65_HS1-834228961_62-HQ-83894_Section_7
Agency: FBI
Page 154
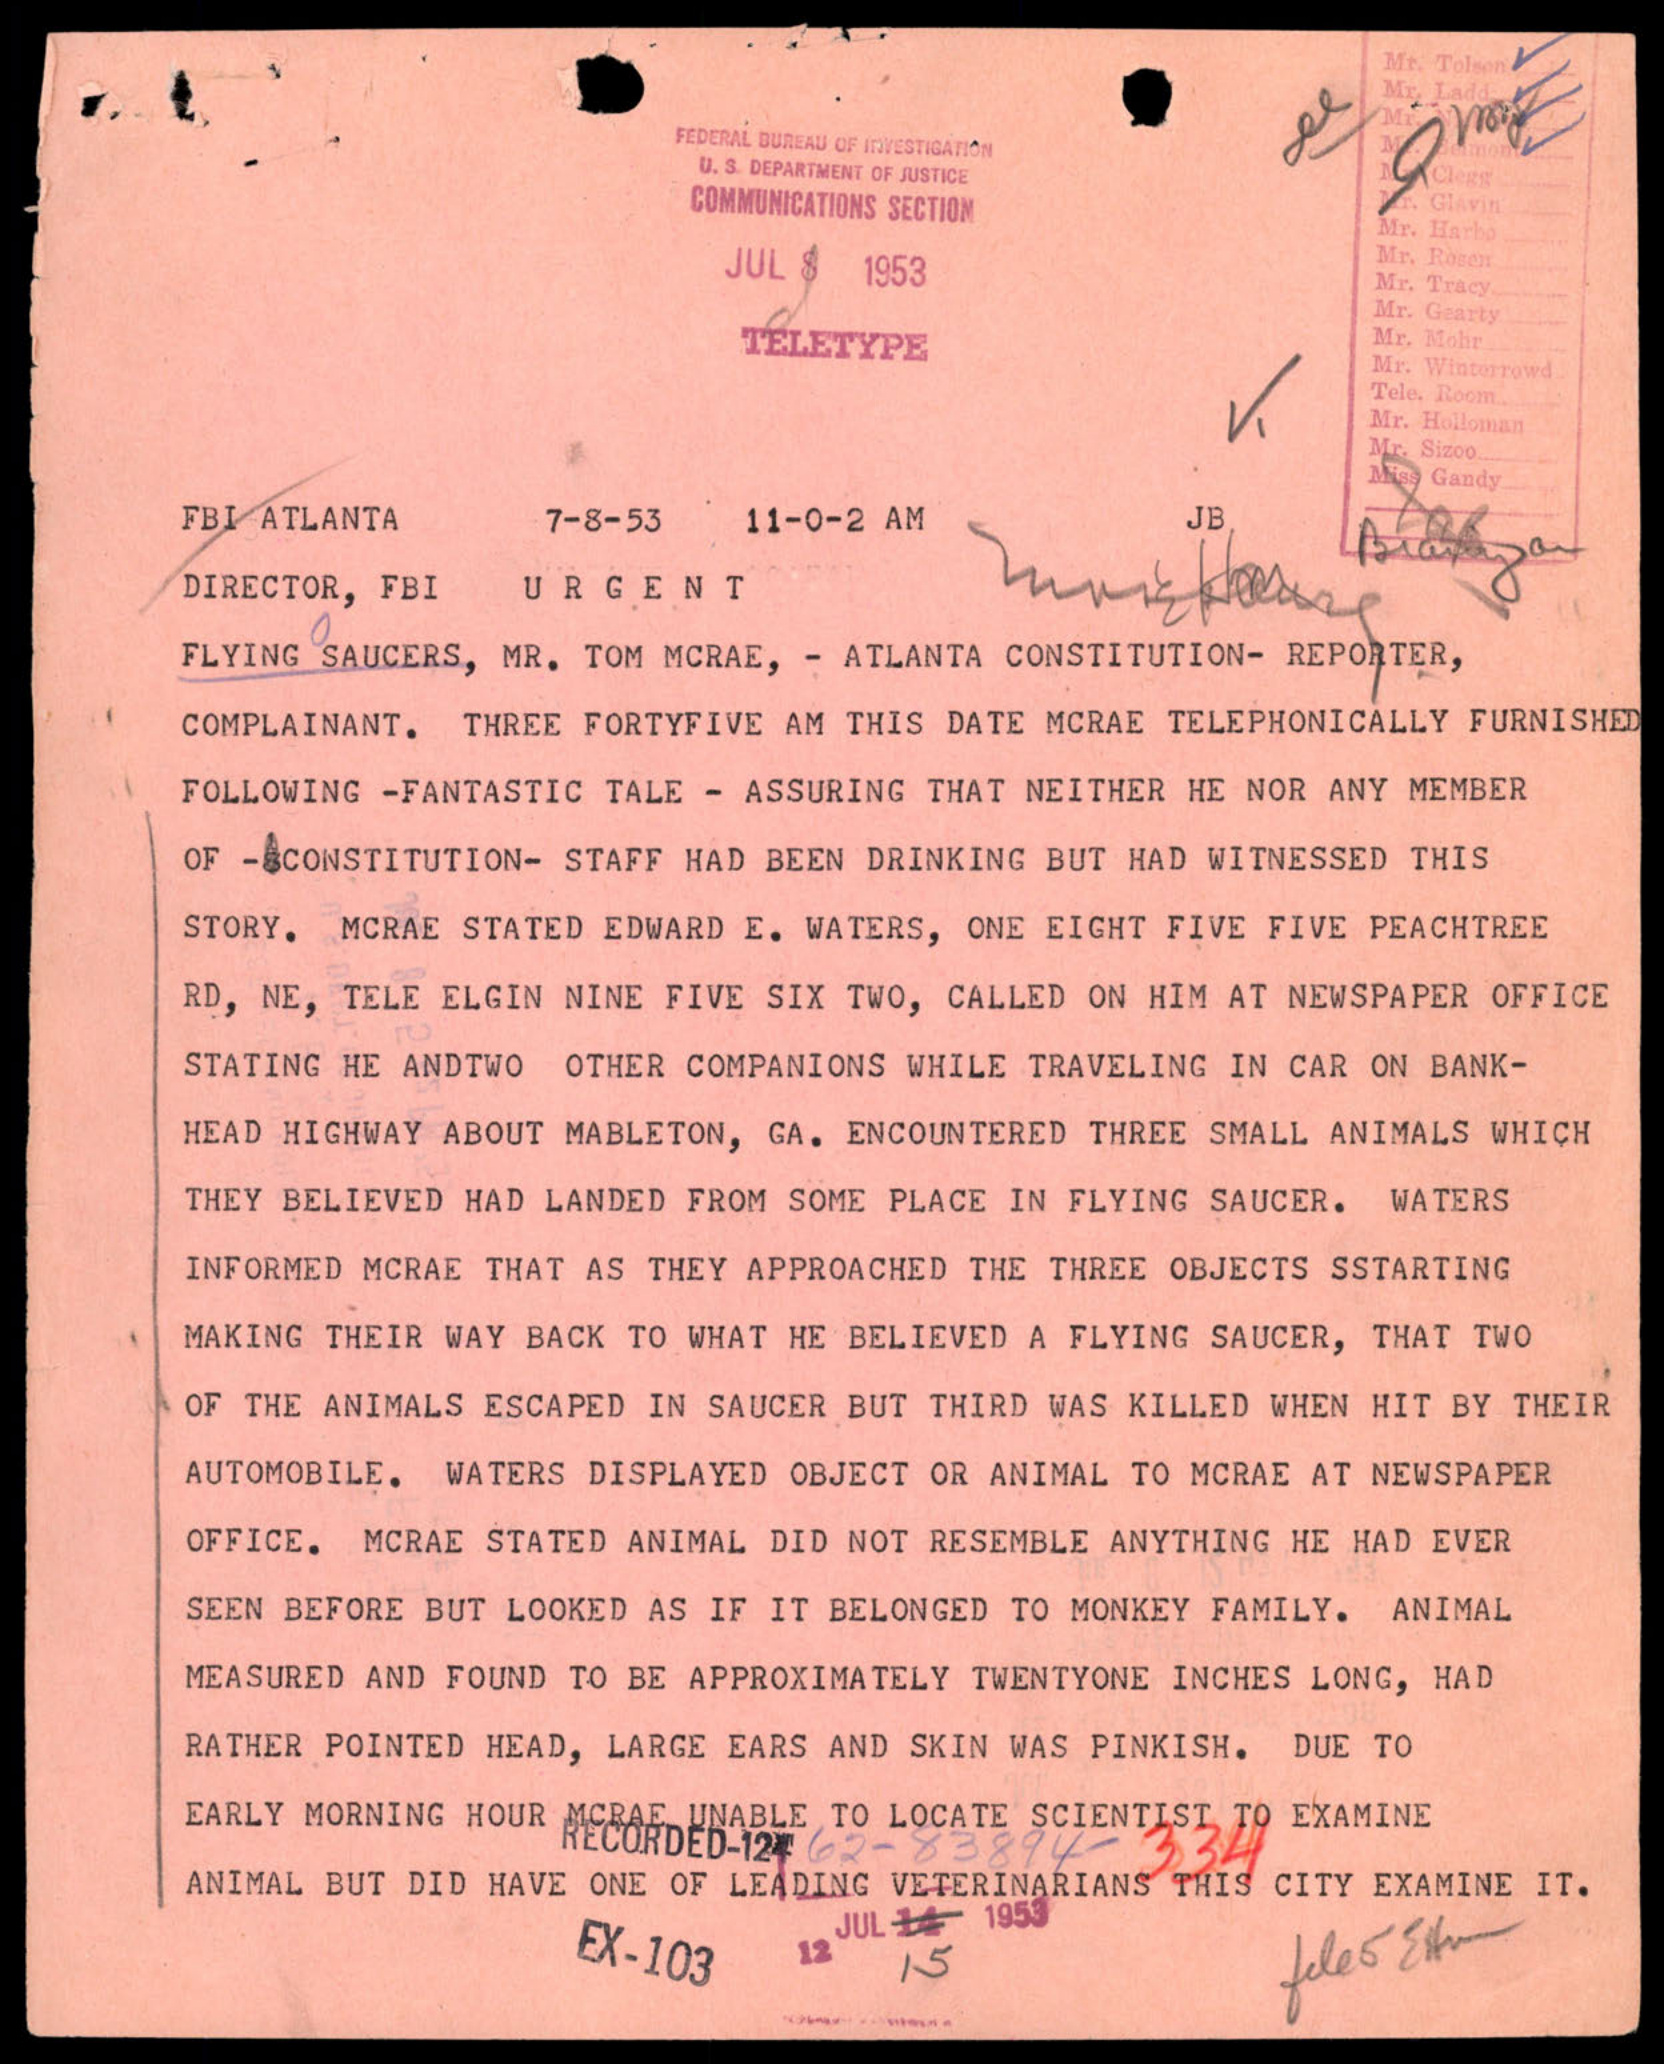